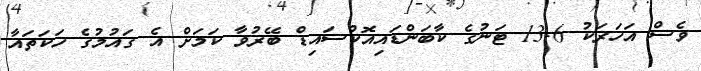
ވެސް އަހަރަކު 13.6 ޓަނުގެ ކާބަންޑައިއޮކްސައިޑް ބޭރުވާ ކަމަށް އެ ގައުމުގެ ހަކަތައާ